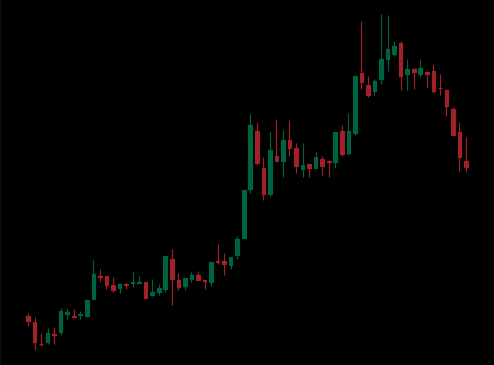
Pattern: bear_flag